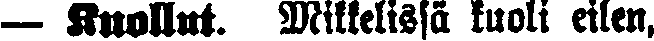
— Kuollut. Mikkelissä kuoli eilen,